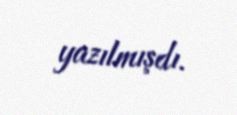
yazılmışdı.